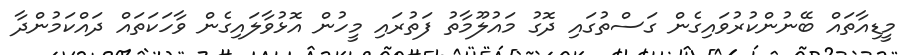
މީޑިއާތައް ބޭނުންކުރުވައިގެން ގަސްތުގައި ދޮގު މައުލޫމާތު ފަތުރައި މީހުން އޮޅުވާލައިގެން ވާހަކަތައް ދައްކަމުންދާ